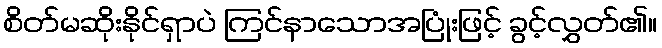
စိတ်မဆိုးနိုင်ရှာပဲ ကြင်နာသောအပြုံးဖြင့် ခွင့်လွှတ်၏။